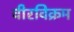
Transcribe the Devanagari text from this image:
वीरविक्रम